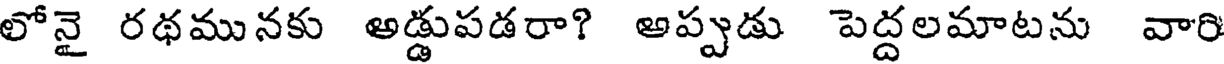
లోనై రథమునకు అడ్డుపడరా? అప్పుడు పెద్దలమాటను వారి